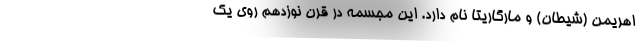
اهریمن (شیطان) و مارگاریتا نام دارد. این مجسمه در قرن نوزدهم روی یک